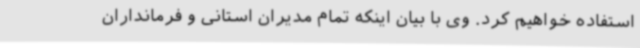
استفاده خواهیم کرد. وی با بیان اینکه تمام مدیران استانی و فرمانداران